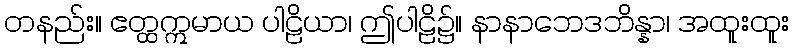
တနည်း။ ဧတ္ထဣမာယ ပါဠိယာ၊ ဤပါဠိ၌။ နာနာဘေဒဘိန္နာ၊ အထူးထူး